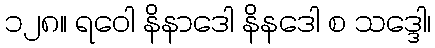
၁၂၈။ ရဝေါ နိနာဒေါ နိနဒေါ စ သဒ္ဒေါ၊